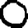
Digit: 0